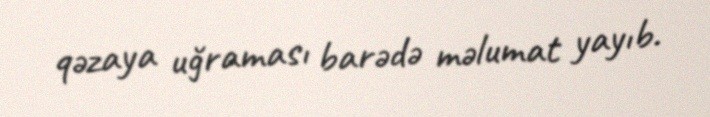
qəzaya uğraması barədə məlumat yayıb.